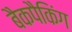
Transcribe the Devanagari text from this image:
बैकपैकिंग